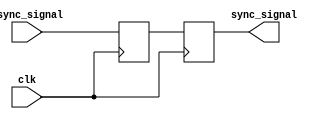
module synchronizer(
    input wire clk,
    input wire async_signal,
    output reg sync_signal
);

reg flop1, flop2;

always @(posedge clk) begin
    flop1 <= async_signal;
    flop2 <= flop1;
end

assign sync_signal = flop2;

endmodule